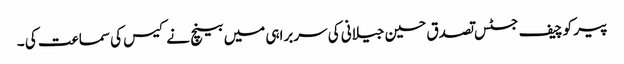
پیر کو چیف جسٹس تصدق حسین جیلانی کی سربراہی میں بینچ نے کیس کی سماعت کی ۔